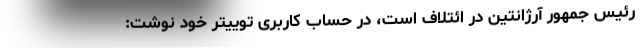
رئیس جمهور آرژانتین در ائتلاف است، در حساب کاربری توییتر خود نوشت: